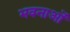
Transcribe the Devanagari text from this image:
भवनाओं